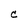
Character: C